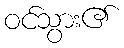
ဝင်သွား၏